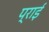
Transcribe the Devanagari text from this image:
प्राई